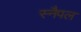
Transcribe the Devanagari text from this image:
स्नैपल